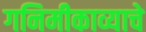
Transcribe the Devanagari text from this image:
गनिमीकाव्याचे